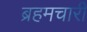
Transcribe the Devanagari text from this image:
ब्रहमचारी